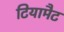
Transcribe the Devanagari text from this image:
टियामैट